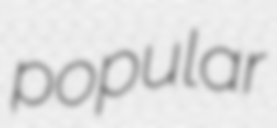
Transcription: popular